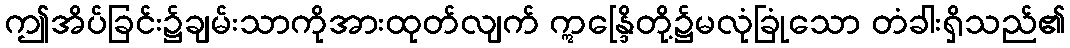
ဤအိပ်ခြင်း၌ချမ်းသာကိုအားထုတ်လျက် ဣန္ဒြေိတို့၌မလုံခြုံသော တံခါးရှိသည်၏